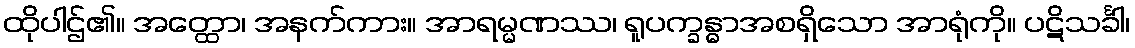
ထိုပါဌ်၏။ အတ္ထော၊ အနက်ကား။ အာရမ္မဏဿ၊ ရူပက္ခန္ဓာအစရှိသော အာရုံကို။ ပဋိသင်္ခါ၊